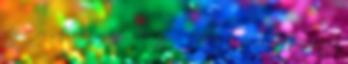
végre az Álomgazdit, illetve Ő találjon meg engem, mert